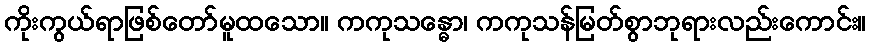
ကိုးကွယ်ရာဖြစ်တော်မူထသော။ ကကုသန္ဓော၊ ကကုသန်မြတ်စွာဘုရားလည်းကောင်း။